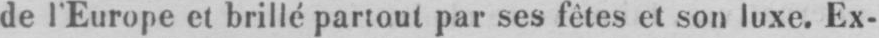
de l’Europe et brillé partout par ses fêtes et son luxe. Ex-